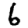
Digit: 6